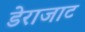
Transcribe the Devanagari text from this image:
डेराजाट